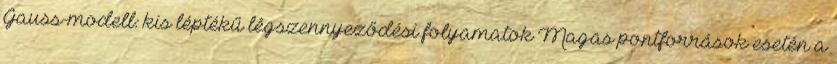
Gauss-modell: kis léptékű légszennyeződési folyamatok Magas pontforrások esetén a